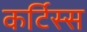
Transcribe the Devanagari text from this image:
कर्टिस्स